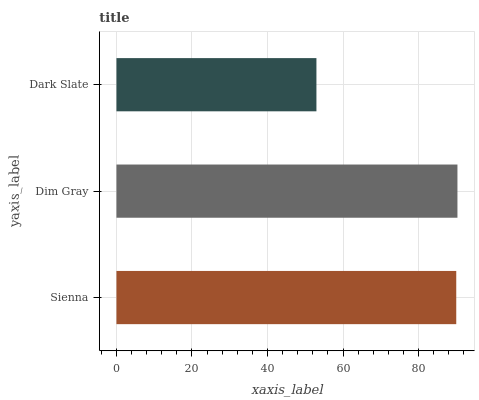
| yaxis_label | bars |
 | --- | --- |
 | Sienna | 90 |
 | Dim Gray | 90.3 |
 | Dark Slate | 53 |